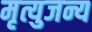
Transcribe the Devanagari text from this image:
मृत्युजन्य